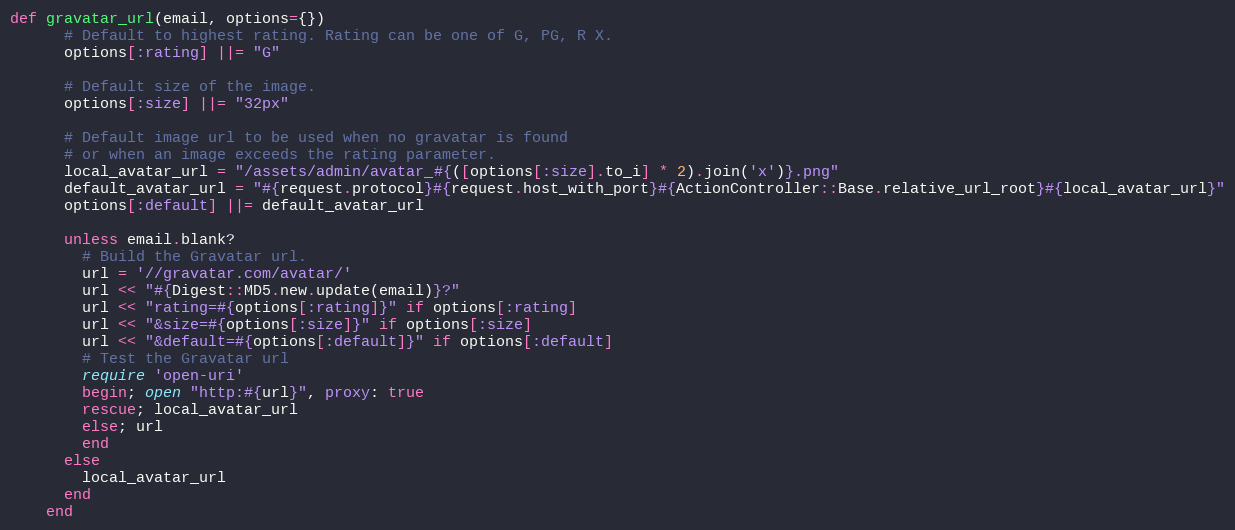
Language: Ruby
def gravatar_url(email, options={})
      # Default to highest rating. Rating can be one of G, PG, R X.
      options[:rating] ||= "G"

      # Default size of the image.
      options[:size] ||= "32px"

      # Default image url to be used when no gravatar is found
      # or when an image exceeds the rating parameter.
      local_avatar_url = "/assets/admin/avatar_#{([options[:size].to_i] * 2).join('x')}.png"
      default_avatar_url = "#{request.protocol}#{request.host_with_port}#{ActionController::Base.relative_url_root}#{local_avatar_url}"
      options[:default] ||= default_avatar_url

      unless email.blank?
        # Build the Gravatar url.
        url = '//gravatar.com/avatar/'
        url << "#{Digest::MD5.new.update(email)}?"
        url << "rating=#{options[:rating]}" if options[:rating]
        url << "&size=#{options[:size]}" if options[:size]
        url << "&default=#{options[:default]}" if options[:default]
        # Test the Gravatar url
        require 'open-uri'
        begin; open "http:#{url}", proxy: true
        rescue; local_avatar_url
        else; url
        end
      else
        local_avatar_url
      end
    end